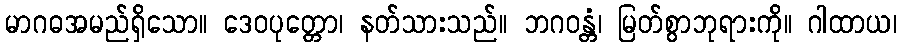
မာဂဓအမည်ရှိသော။ ဒေဝပုတ္တော၊ နတ်သားသည်။ ဘဂဝန္တံ၊ မြတ်စွာဘုရားကို။ ဂါထာယ၊